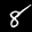
Label: 8